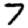
Digit: 7